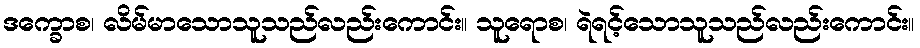
ဒက္ခောစ၊ လိမ်မာသောသူသည်လည်းကောင်း။ သူရောစ၊ ရဲရင့်သောသူသည်လည်းကောင်း။